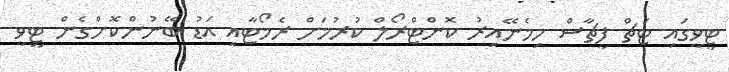
ޓީވީގައި ޓަޗް ފީޗާސް ހިމެނޭއިރު ކޮންޓްރޯލް ކުރުމަށް ރެމޯޓާއި އަޑު ބޭނުންކޮށްގެން ޓީވީ